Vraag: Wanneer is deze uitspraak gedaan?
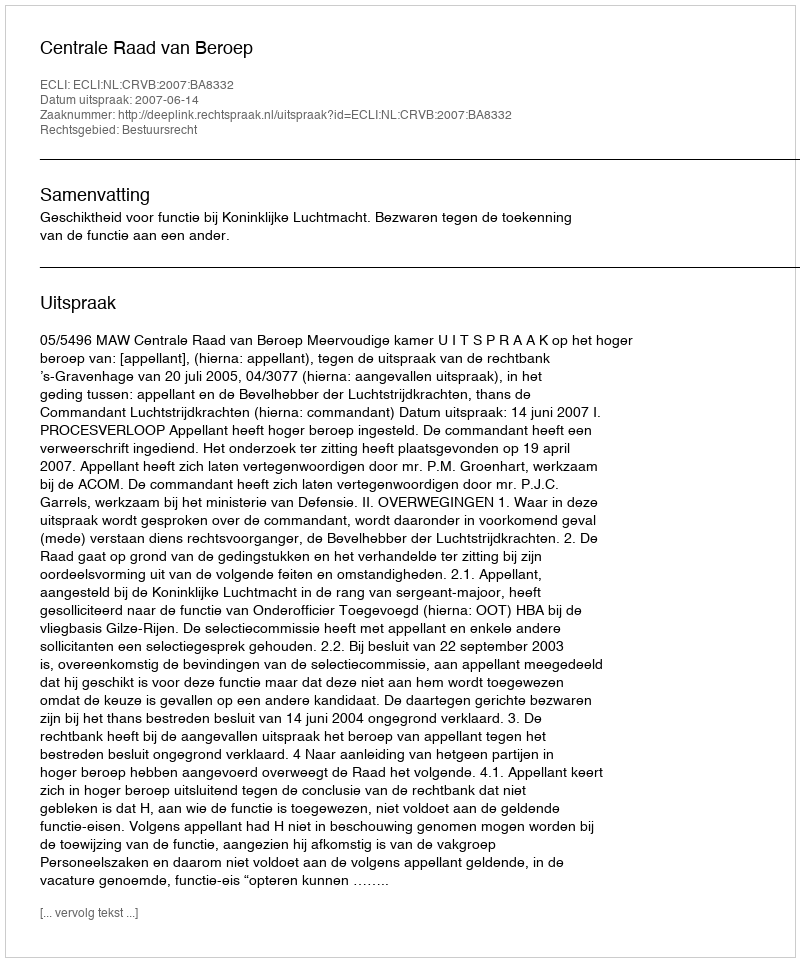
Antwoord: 2007-06-14